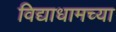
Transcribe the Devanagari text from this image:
विद्याधामच्या